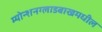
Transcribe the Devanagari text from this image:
म्योन्शनग्लाडबाखमधील